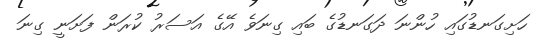
ހަށިގަނޑުގައި ހުންނަ ދަގަނޑުގެ ބައި ގިނަވެ އޭގެ އަސަރު ކުރަން ފަށަނީ ގިނަ